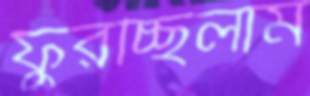
ফুরচ্ছিলাম